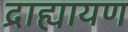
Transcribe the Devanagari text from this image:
द्राह्यायण